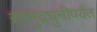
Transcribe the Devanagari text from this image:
सामुद्रधुनीपर्यंत